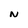
Character: N